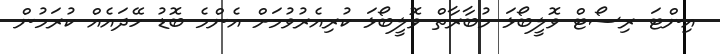
އިންޓަ ރިސޯޓް ވޮލީބޯޅަ މުބާރާތް ވޮލީބޯޅަ ކުރިއެރުވުމަށް އެންމެ ބޮޑު ހޭދައެއް ކުރަމުން